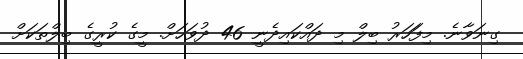
ގިނަވާނެ. މިފަަހަރު ބިލް މި ދައްކައިދެނީ 46 ދުވަހަށް. މީގެ ކުރީގެ ބިލްތަކަށް